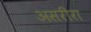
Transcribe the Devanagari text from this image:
असरीरा